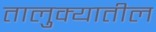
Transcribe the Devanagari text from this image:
तालु़क्यातील